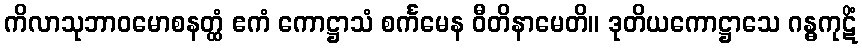
ကိလာသုဘာဝမောစနတ္ထံ ဧကံ ကောဋ္ဌာသံ စင်္ကမေန ဝီတိနာမေတိ။ ဒုတိယကောဋ္ဌာသေ ဂန္ဓကုဋိံ